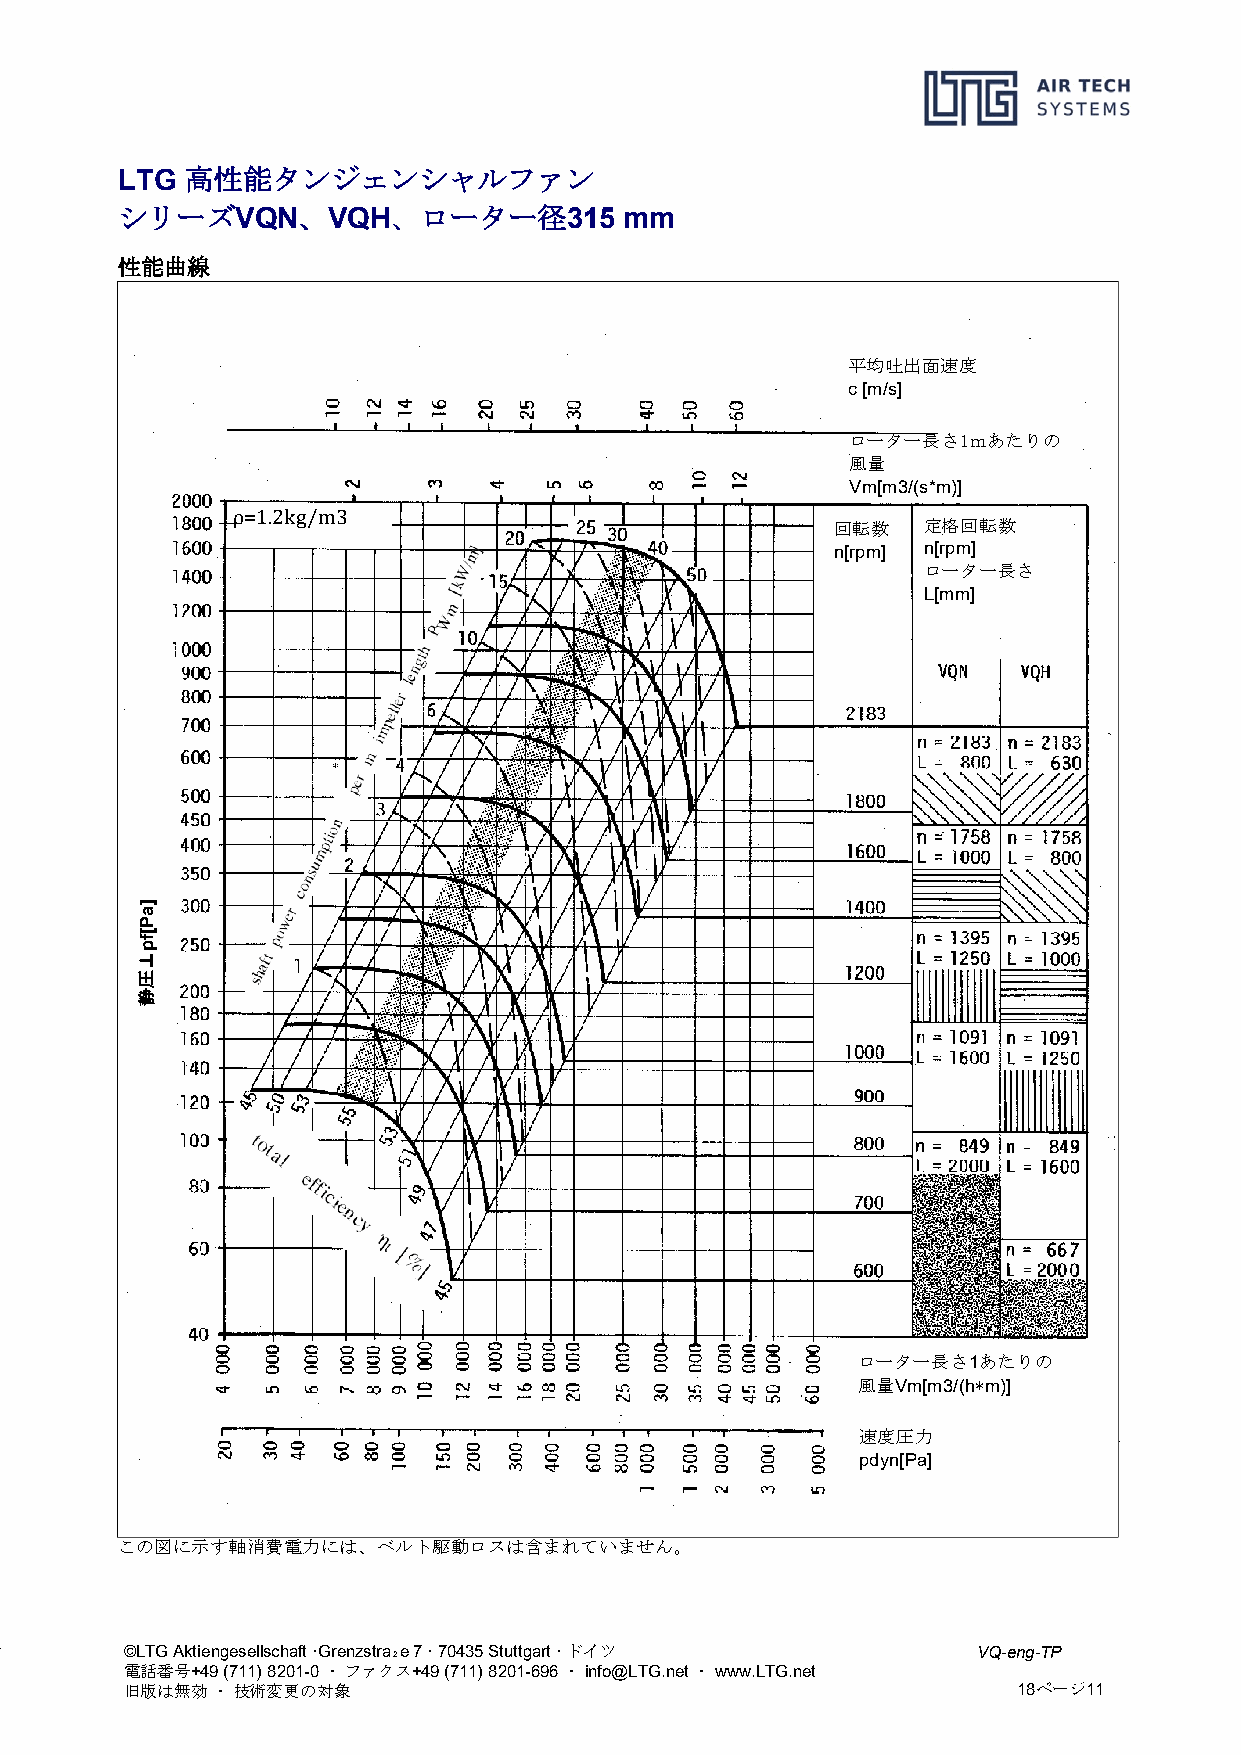
高性能タンジェンシャルファン
 LTG
 シリーズ        、     、ローター径
 VQN   VQH             315 mm
 性能曲線
 平均吐出面速度
 c [m/s]
 ローター長さ1ｍあたりの
 風量
 Vm[m3/(s*m)]
 回転数   定格回転数
 n[rpm] n[rpm]
 ρ=1.2kg/m3
 ローター長さ
 L[mm]
 ローター長さ1あたりの
 風量Vm[m3/(h*m)]
 速度圧力
 pdyn[Pa]
 この図に示す軸消費電力には、ベルト駆動ロスは含まれていません。
 ©LTG Aktiengesellschaft ·Grenzstra₂e 7 · 70435 Stuttgart · ドイツ VQ-eng-TP
 電話番号+49 (711) 8201-0 ・ ファクス+49 (711) 8201-696 ・ info@LTG.net ・ www.LTG.net
 旧版は無効 ・ 技術変更の対象                                            18ページ11
 ]aP[fp⊥圧静